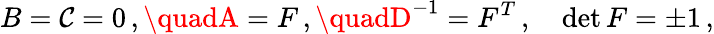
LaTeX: B=\mathcal{C}=0\, ,\quadA=F\, ,\quadD^{-1}=F^{T}\, ,\quad\operatorname*{det}F=\pm1\, ,